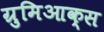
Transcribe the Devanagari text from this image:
ग्रुमिआक्स